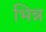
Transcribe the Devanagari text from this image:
भिन्न